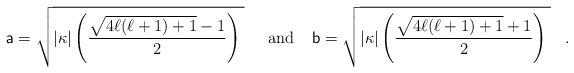
LaTeX: \begin{align*}{\sf a}=\sqrt{|{\kappa}|\left(\frac{\sqrt{4{\ell}({\ell}+1)+1}-1}{2}\right)\;}\;\;\;\;\;\mbox{and}\;\;\;\;{\sf b}=\sqrt{|{\kappa}|\left(\frac{\sqrt{4{\ell}({\ell}+1)+1}+1}{2}\right)\;}\;\;\;.\end{align*}